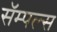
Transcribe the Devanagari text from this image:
सॅम्पल्स